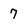
Character: 7